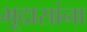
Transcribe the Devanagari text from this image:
भूदासांना